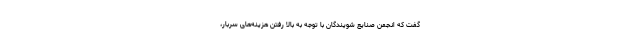
گفت که انجمن صنایع شویندگان با توجه به بالا رفتن هزینه‌های سربار،